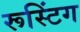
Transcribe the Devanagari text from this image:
रूस्टिंग